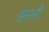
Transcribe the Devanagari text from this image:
हंसनी